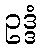
ဥဒ္ဒံ